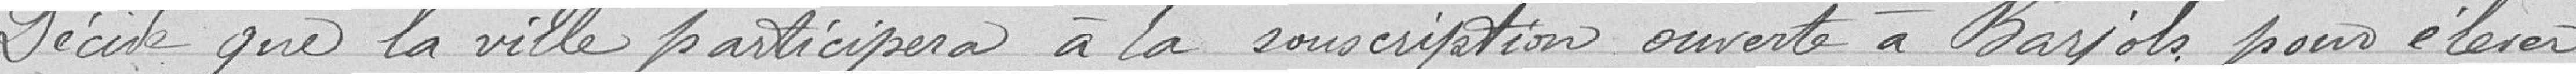
Décide que la ville participera à la souscriptions ouverte à Bayol pour elerer